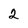
Character: 2